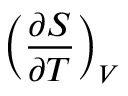
\left( { \frac { \partial S } { \partial T } } \right) _ { V }